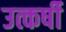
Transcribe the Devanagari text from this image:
उत्कर्षी